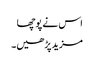
اس نے پوچھا
مزید پڑھیں۔